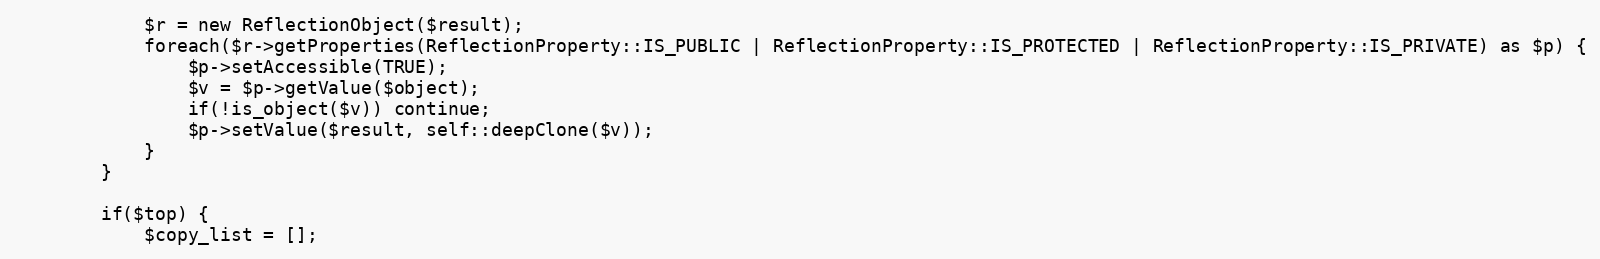
Language: PHP
            $r = new ReflectionObject($result);
            foreach($r->getProperties(ReflectionProperty::IS_PUBLIC | ReflectionProperty::IS_PROTECTED | ReflectionProperty::IS_PRIVATE) as $p) {
                $p->setAccessible(TRUE);
                $v = $p->getValue($object);
                if(!is_object($v)) continue;
                $p->setValue($result, self::deepClone($v));
            }
        }

        if($top) {
            $copy_list = [];